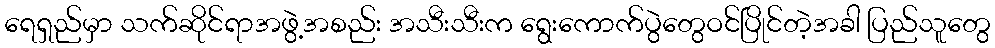
ရေရှည်မှာ သက်ဆိုင်ရာအဖွဲ့အစည်း အသီးသီးက ရွေးကောက်ပွဲတွေဝင်ပြိုင်တဲ့အခါ ပြည်သူတွေ